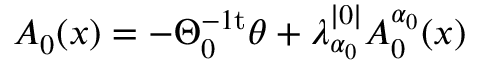
A _ { 0 } ( x ) = - \Theta _ { 0 } ^ { - 1 \mathrm { t } } \theta + \lambda _ { \alpha _ { 0 } } ^ { | 0 | } A _ { 0 } ^ { \alpha _ { 0 } } ( x )